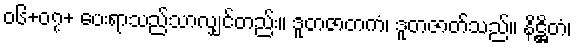
၀၆+၀၇+ ပေးရာသည်သာလျှင်တည်း။ ဒူတဇာတကံ၊ ဒူတဇာတ်သည်။ နိဋ္ဌိတံ၊